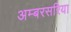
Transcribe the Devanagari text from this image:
अम्बरसरिया